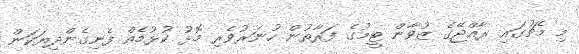
މި މެޗުގައި ރާއްޖޭގެ ޒުވާން ޓީމުގެ ފަރާތުން ހުނަރުވެރި މޮޅު ކުޅުމެއް ފެނިގެންދިޔަކަން